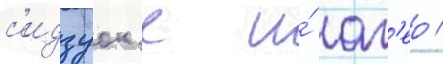
с'идзуок'е и́ аг'ео /